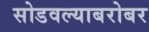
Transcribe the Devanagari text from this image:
सोडवल्याबरोबर